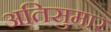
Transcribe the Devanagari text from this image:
अतिसुमार